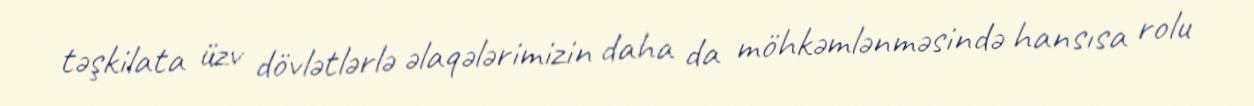
təşkilata üzv dövlətlərlə əlaqələrimizin daha da möhkəmlənməsində hansısa rolu